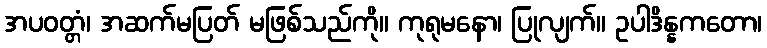
အပဝတ္တံ၊ အဆက်မပြတ် မဖြစ်သည်ကို။ ကုရုမနော၊ ပြုလျက်။ ဥပါဒိန္နကတော၊